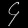
Digit: ၄